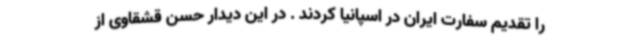
را تقدیم سفارت ایران در اسپانیا کردند . در این دیدار حسن قشقاوی از